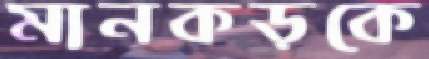
মানকড়কে